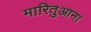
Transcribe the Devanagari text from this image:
मारितुआना